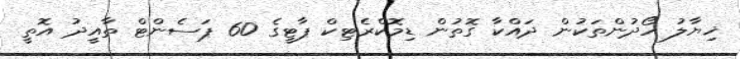
ޚިޔާލު ހޯދުންތަކުން ދައްކާ ގޮތުން ޑިމޮކްރެޓިކް ޕާޓީގެ 60 ޕަސެންޓް ތާއީދު އޮތީ